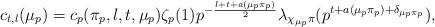
LaTeX: \begin{align*}c_{t,l}(\mu_p) = c_{p}(\pi_{p},l,t,\mu_p)\zeta_{p}(1)p^{-\frac{l+t+a(\mu_p\pi_p)}{2}}\lambda_{\chi_{\mu_p}\pi}(p^{t+a(\mu_p\pi_{p})+\delta_{\mu_p\pi_{p}}}), \end{align*}